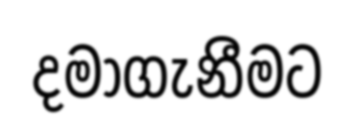
දමාගැනීමට